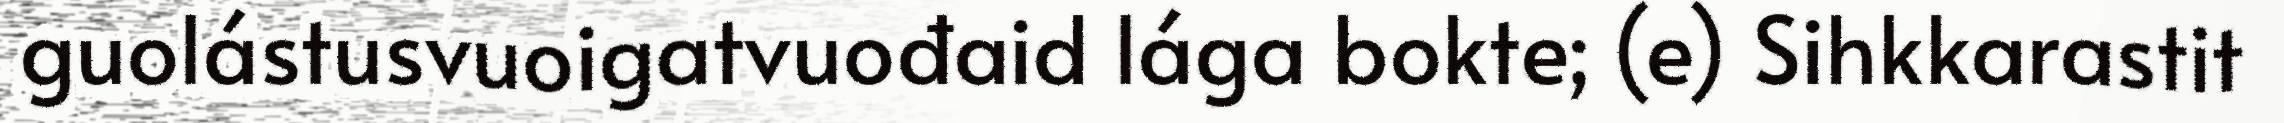
guolástusvuoigatvuođaid lága bokte; (e) Sihkkarastit